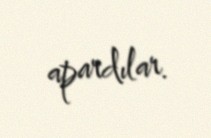
apardılar.